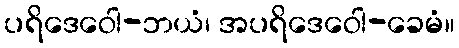
ပရိဒေဝေါ-ဘယံ၊ အပရိဒေဝေါ-ခေမံ။